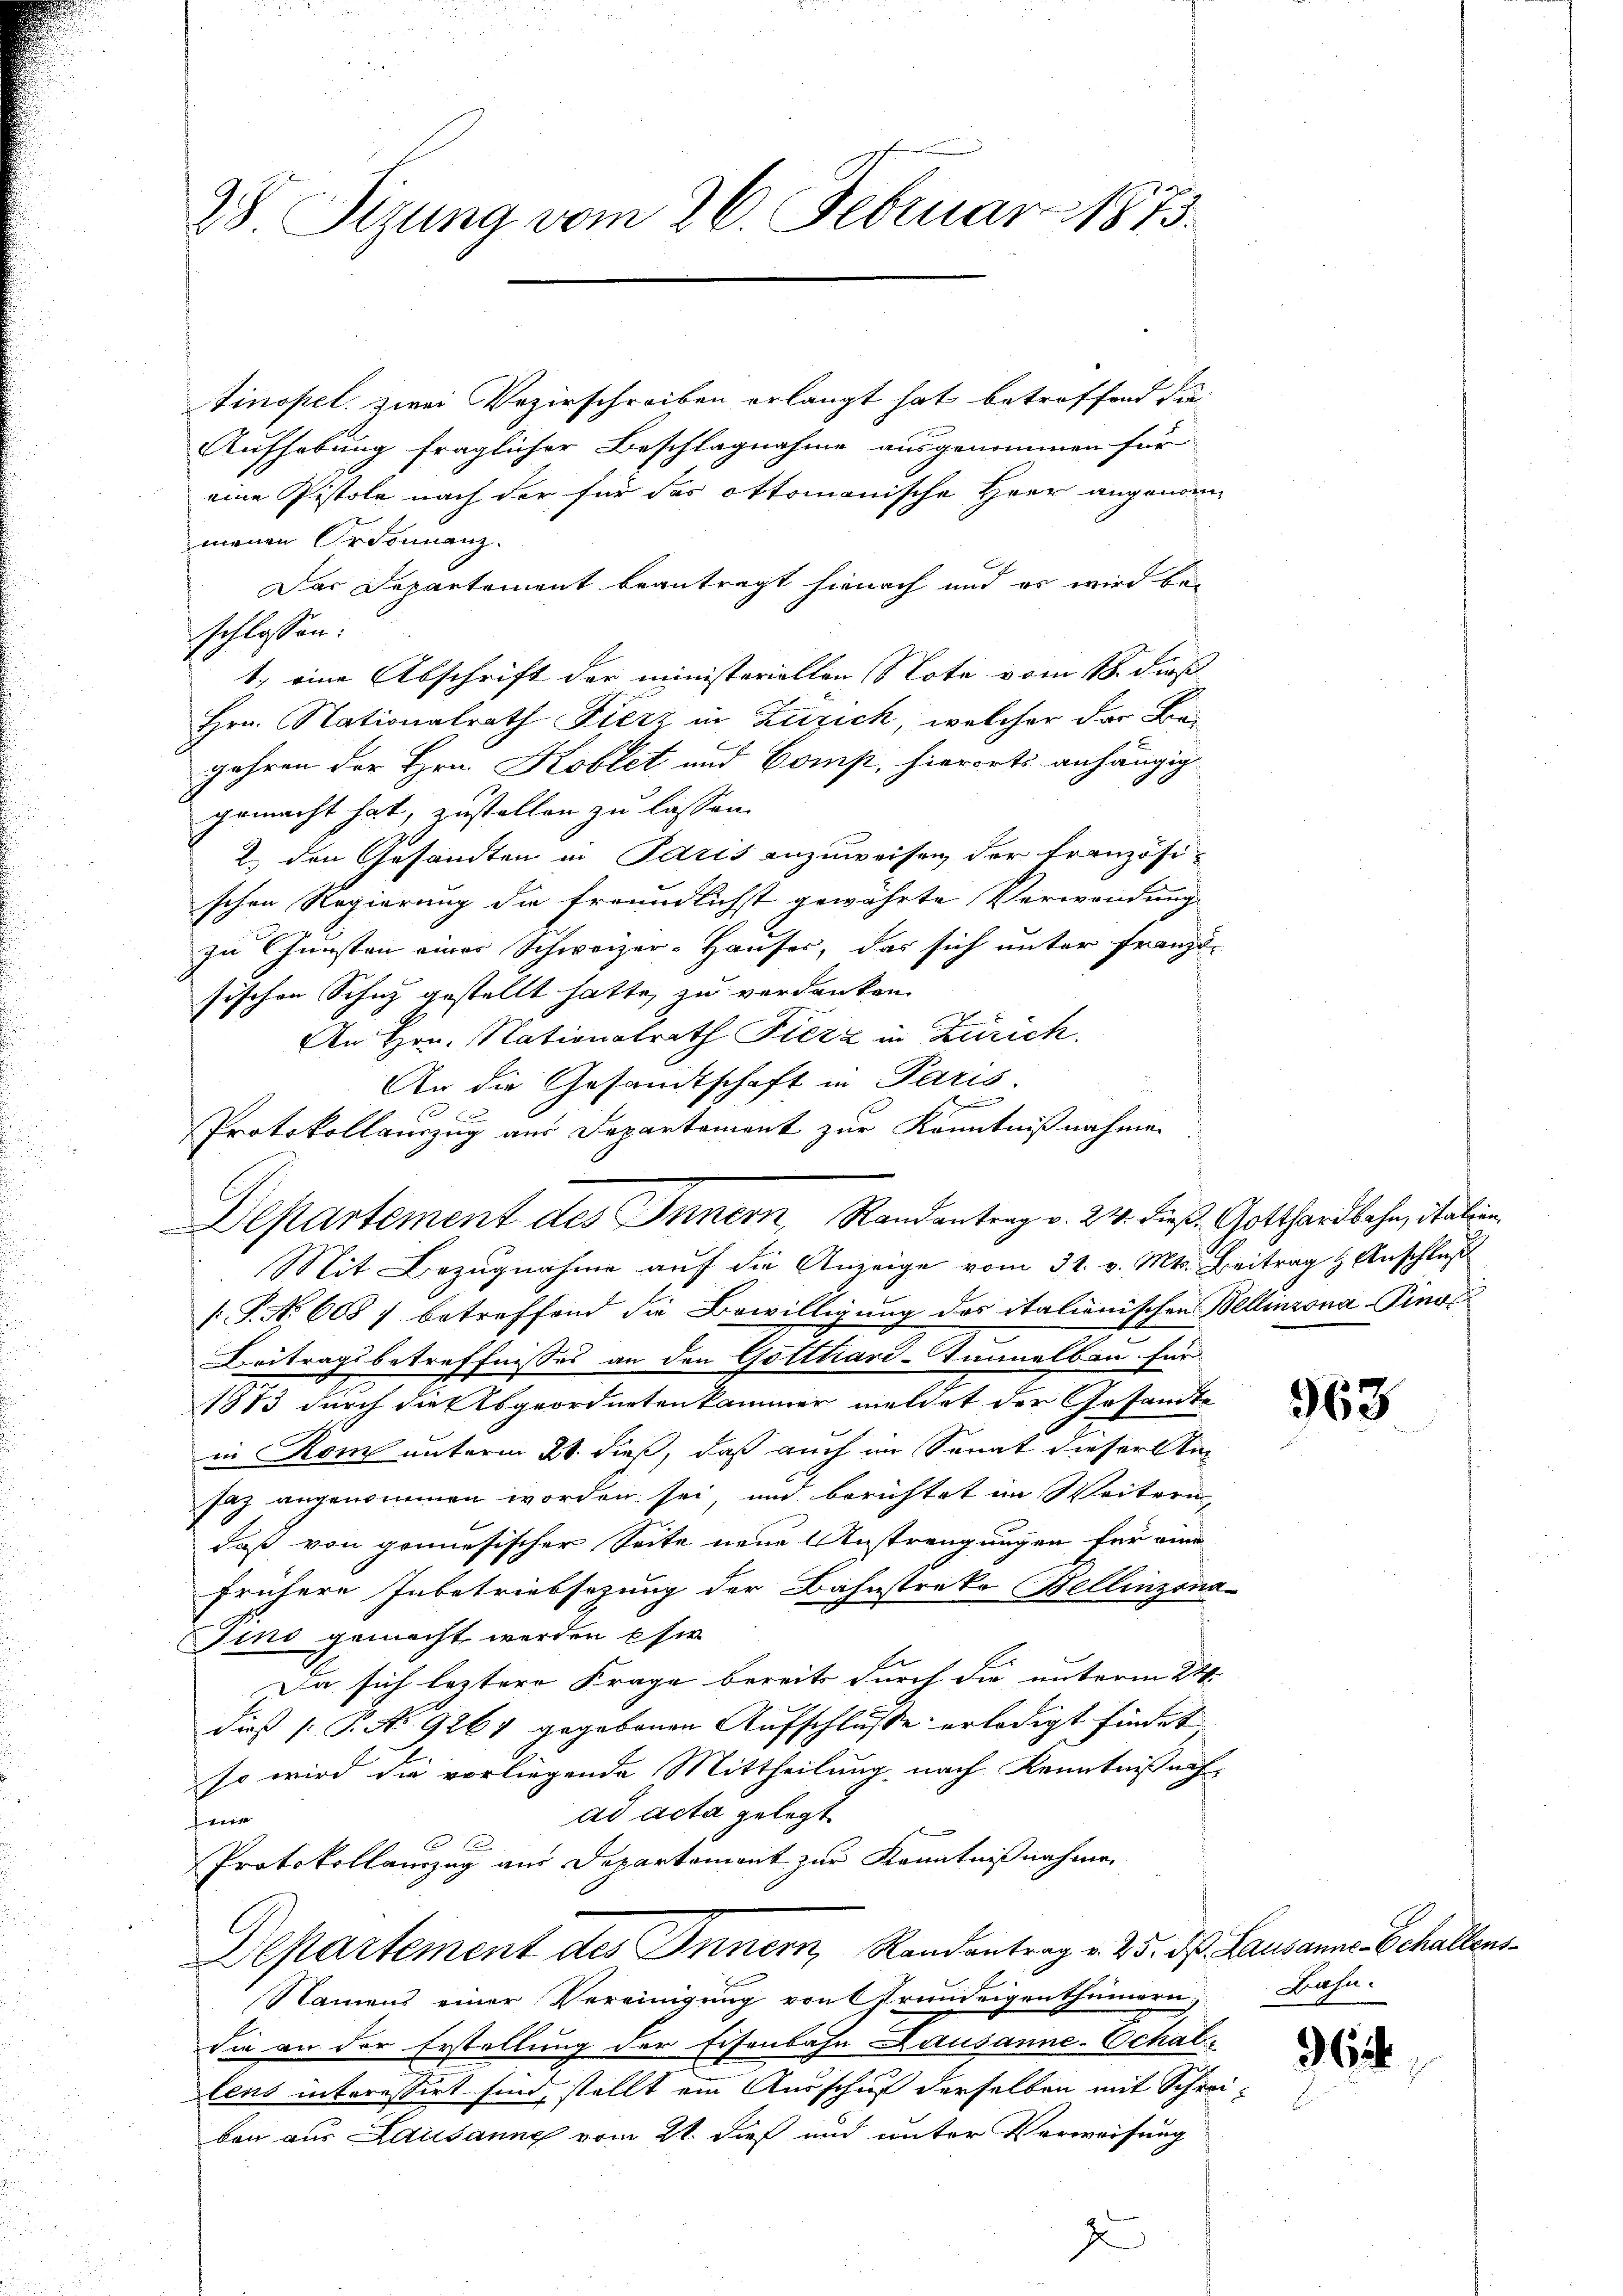
28 Sizung vom 26. Februar 1873.

Finopel zwei Vozirschreiben erlangt hat betroffend die
Aufhebung fraglicher Beschlagnahme ausgenommen für
eine Pistole nach der für das ottomanische Heer angenommenen Ordonnanz
Das Departement beantragt hienach und es wird be-
t) eine Abschrift der ministeriellen Note vom 18. dieß
Hrn. Nationalrath Fierz in Zürich, welcher der Begehren der Hrn. Koblet und Comp, hierorti anhängig
gemacht hat, zustellen zu lassen.
2.) den Gesandten in Paris anzuweisen der Französischen Regierung die freundlichst gewährte Verwendung
zu Gunsten einer Schweizer-Hauser, das sich unter Franzi-
sischen Schutz gestellt hatte, zu verdanken.
An Hrn. Nationalrath Fierz in Zürich.
An die Gesandtschaft in Paris.
n
1
Protokollauszug aus Dapartement zur Kenntnißnahmen.
Mit Bezŭgnahme aŭf die Anzeige vom 31. v. Mts. Beitrag & Anschluß
[P. No 605 f betreffend die Bewilligung des italienischen Bellinzona Ping
Beitragsbetreffnisses an den Gotthard-Immelbau für
1813 durch die Abgeordneten kammer meldet der Gesandte
in Rom unterm 21. dieß, daß auch im Senat dieser Sta
saz angenommen worden sei, und berichtet im Weitern,
daß von genesischer Seite neue Anstrengungen für ein
frühere Inbetriebsezung der Bahnstreke Bellinzona
Jins gemacht werden sie
r
Da sich leztere Frage bereits durch die unterm 24.
dieß (: P. No 9264 gegebenen Aufschlusse erledigt findet
so wird die vorliegende Mittheilung nach Kenntniß auf-
ad acta gelegt

 1
Protokollamzug aus Departement zur Kenntnißnahme
Departement des Innern, Randantrag v. 25. d. Lausanne Echaltens
E
Namens einer Vereinigung von Grundeigenthümern Bahn-
die an der Erstellung der Eisenbahn Lausanne-Echallens interessirt sind, stellt ein Ausschuß derselben mit Schreiben aus Lausanne vom 21. dieß und unter Verweisung
J

schlossen:

Departement des Innern, Randantrag v. 24. dieß Gotthardbahn, Stalien

963

362